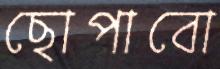
ছোপাবো